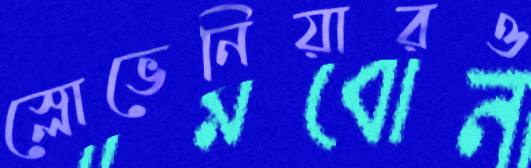
স্লোভেনিয়ারও